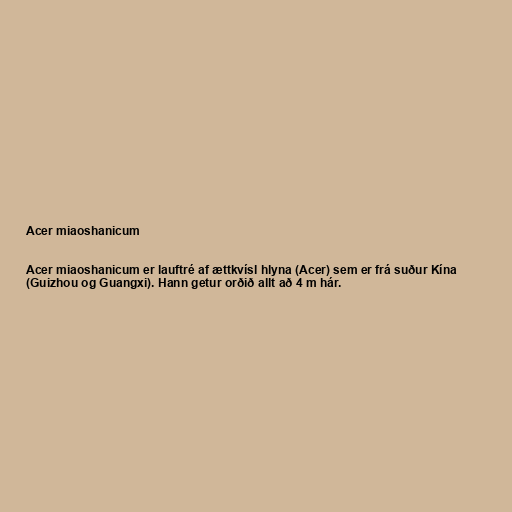
Acer miaoshanicum

Acer miaoshanicum er lauftré af ættkvísl hlyna (Acer) sem er frá suður Kína
(Guizhou og Guangxi). Hann getur orðið allt að 4 m hár.